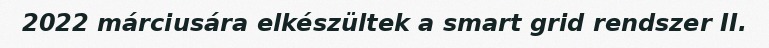
2022 márciusára elkészültek a smart grid rendszer II.